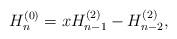
\begin{align*} H_n^{(0)}=xH_{n-1}^{(2)}-H_{n-2}^{(2)}, \end{align*}